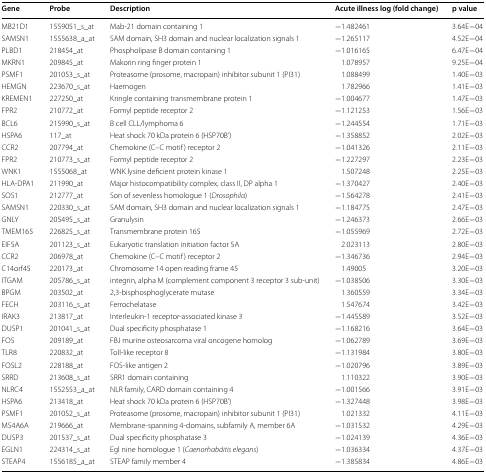
<table><thead><tr><td><b>Gene</b></td><td><b>Probe</b></td><td><b>Description</b></td><td><b>Acute illness log (fold change)</b></td><td><b>p value</b></td></tr></thead><tbody><tr><td>MB21D1</td><td>1559051_s_at</td><td>Mab-21 domain containing 1</td><td>−1.482461</td><td>3.64E−04</td></tr><tr><td>SAMSN1</td><td>1555638_a_at</td><td>SAM domain, SH3 domain and nuclear localization signals 1</td><td>−1.265117</td><td>4.52E−04</td></tr><tr><td>PLBD1</td><td>218454_at</td><td>Phospholipase B domain containing 1</td><td>−1.016165</td><td>6.47E−04</td></tr><tr><td>MKRN1</td><td>209845_at</td><td>Makorin ring finger protein 1</td><td>1.078957</td><td>9.25E−04</td></tr><tr><td>PSMF1</td><td>201053_s_at</td><td>Proteasome (prosome, macropain) inhibitor subunit 1 (PI31)</td><td>1.088499</td><td>1.40E−03</td></tr><tr><td>HEMGN</td><td>223670_s_at</td><td>Haemogen</td><td>1.782966</td><td>1.41E−03</td></tr><tr><td>KREMEN1</td><td>227250_at</td><td>Kringle containing transmembrane protein 1</td><td>−1.004677</td><td>1.47E−03</td></tr><tr><td>FPR2</td><td>210772_at</td><td>Formyl peptide receptor 2</td><td>−1.121253</td><td>1.56E−03</td></tr><tr><td>BCL6</td><td>215990_s_at</td><td>B cell CLL/lymphoma 6</td><td>−1.244554</td><td>1.71E−03</td></tr><tr><td>HSPA6</td><td>117_at</td><td>Heat shock 70 kDa protein 6 (HSP70B’)</td><td>−1.358852</td><td>2.02E−03</td></tr><tr><td>CCR2</td><td>207794_at</td><td>Chemokine (C–C motif) receptor 2</td><td>−1.041326</td><td>2.11E−03</td></tr><tr><td>FPR2</td><td>210773_s_at</td><td>Formyl peptide receptor 2</td><td>−1.227297</td><td>2.23E−03</td></tr><tr><td>WNK1</td><td>1555068_at</td><td>WNK lysine deficient protein kinase 1</td><td>1.507248</td><td>2.25E−03</td></tr><tr><td>HLA-DPA1</td><td>211990_at</td><td>Major histocompatibility complex, class II, DP alpha 1</td><td>−1.370427</td><td>2.40E−03</td></tr><tr><td>SOS1</td><td>212777_at</td><td>Son of sevenless homologue 1 (<i>Drosophila</i>)</td><td>−1.564278</td><td>2.41E−03</td></tr><tr><td>SAMSN1</td><td>220330_s_at</td><td>SAM domain, SH3 domain and nuclear localization signals 1</td><td>−1.184775</td><td>2.47E−03</td></tr><tr><td>GNLY</td><td>205495_s_at</td><td>Granulysin</td><td>−1.246373</td><td>2.66E−03</td></tr><tr><td>TMEM165</td><td>226825_s_at</td><td>Transmembrane protein 165</td><td>−1.055969</td><td>2.72E−03</td></tr><tr><td>EIF5A</td><td>201123_s_at</td><td>Eukaryotic translation initiation factor 5A</td><td>2.023113</td><td>2.80E−03</td></tr><tr><td>CCR2</td><td>206978_at</td><td>Chemokine (C–C motif) receptor 2</td><td>−1.346736</td><td>2.94E−03</td></tr><tr><td>C14orf45</td><td>220173_at</td><td>Chromosome 14 open reading frame 45</td><td>1.49005</td><td>3.20E−03</td></tr><tr><td>ITGAM</td><td>205786_s_at</td><td>integrin, alpha M (complement component 3 receptor 3 sub-unit)</td><td>−1.038506</td><td>3.30E−03</td></tr><tr><td>BPGM</td><td>203502_at</td><td>2,3-bisphosphoglycerate mutase</td><td>1.360559</td><td>3.34E−03</td></tr><tr><td>FECH</td><td>203116_s_at</td><td>Ferrochelatase</td><td>1.547674</td><td>3.42E−03</td></tr><tr><td>IRAK3</td><td>213817_at</td><td>Interleukin-1 receptor-associated kinase 3</td><td>−1.445589</td><td>3.52E−03</td></tr><tr><td>DUSP1</td><td>201041_s_at</td><td>Dual specificity phosphatase 1</td><td>−1.168216</td><td>3.64E−03</td></tr><tr><td>FOS</td><td>209189_at</td><td>FBJ murine osteosarcoma viral oncogene homolog</td><td>−1.062789</td><td>3.69E−03</td></tr><tr><td>TLR8</td><td>220832_at</td><td>Toll-like receptor 8</td><td>−1.131984</td><td>3.80E−03</td></tr><tr><td>FOSL2</td><td>228188_at</td><td>FOS-like antigen 2</td><td>−1.020796</td><td>3.89E−03</td></tr><tr><td>SRRD</td><td>213608_s_at</td><td>SRR1 domain containing</td><td>1.110322</td><td>3.90E−03</td></tr><tr><td>NLRC4</td><td>1552553_a_at</td><td>NLR family, CARD domain containing 4</td><td>−1.001566</td><td>3.91E−03</td></tr><tr><td>HSPA6</td><td>213418_at</td><td>Heat shock 70 kDa protein 6 (HSP70B’)</td><td>−1.327448</td><td>3.98E−03</td></tr><tr><td>PSMF1</td><td>201052_s_at</td><td>Proteasome (prosome, macropain) inhibitor subunit 1 (PI31)</td><td>1.021332</td><td>4.11E−03</td></tr><tr><td>MS4A6A</td><td>219666_at</td><td>Membrane-spanning 4-domains, subfamily A, member 6A</td><td>−1.031532</td><td>4.29E−03</td></tr><tr><td>DUSP3</td><td>201537_s_at</td><td>Dual specificity phosphatase 3</td><td>−1.024139</td><td>4.36E−03</td></tr><tr><td>EGLN1</td><td>224314_s_at</td><td>Egl nine homologue 1 (<i>Caenorhabditis elegans</i>)</td><td>−1.036334</td><td>4.37E−03</td></tr><tr><td>STEAP4</td><td>1556185_a_at</td><td>STEAP family member 4</td><td>−1.385834</td><td>4.86E−03</td></tr></tbody></table>